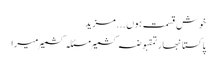
خوش قسمت ہوں ... مزید
پاکستانبھارتمقبوضہ کشمیرمسئلہ کشمیرمیرا